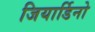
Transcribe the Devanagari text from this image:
जियार्डिनो